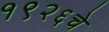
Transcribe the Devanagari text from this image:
१९२६चे